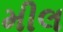
મીલ